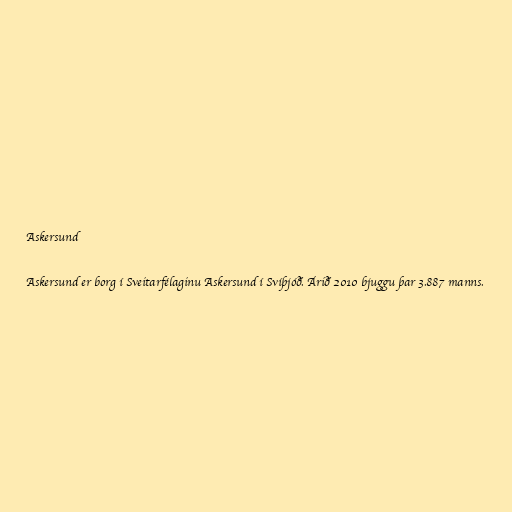
Askersund

Askersund er borg í Sveitarfélaginu Askersund í Svíþjóð. Árið 2010 bjuggu þar 3.887 manns.